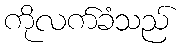
ကိုလက်ခံသည်